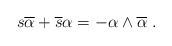
\begin{align*}s\overline{\alpha }+\overline{s}\alpha =-\alpha \wedge\overline{\alpha } ~.\end{align*}